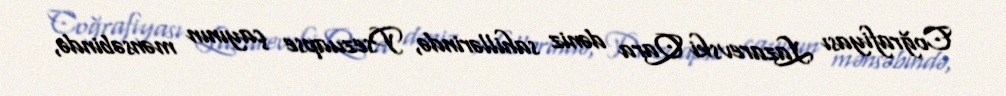
Coğrafiyası Lazarevski Qara dəniz sahillərində, Psezuapse çayının mənsəbində,